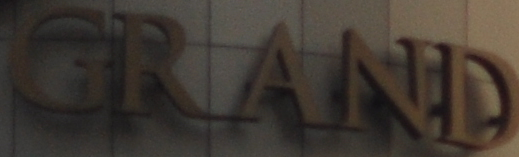
GRAND